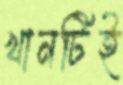
খানটিই